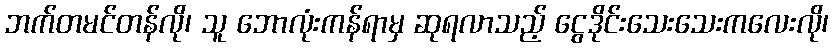
ဘက်တမင်တန်လို၊ သူ ဘောလုံးကန်ရာမှ ဆုရလာသည့် ငွေဒိုင်းသေးသေးကလေးလို၊